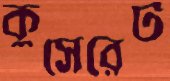
কুসেরেট